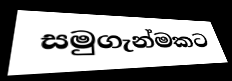
සමුගැන්මකට